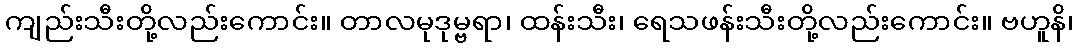
ကျည်းသီးတို့လည်းကောင်း။ တာလမုဒုမ္ဗရာ၊ ထန်းသီး၊ ရေသဖန်းသီးတို့လည်းကောင်း။ ဗဟူနိ၊